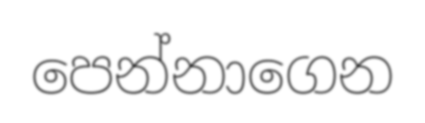
පෙන්නාගෙන